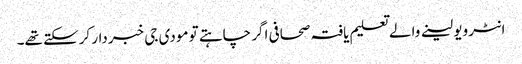
انٹرویو لینے والے تعلیم یافتہ صحافی اگر چاہتے تو مودی جی خبردار کرسکتے تھے۔